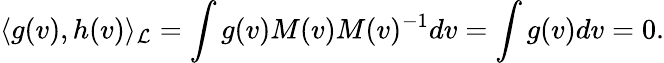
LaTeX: \langle g(v),h(v)\rangle_{\mathcal{L}}=\int g(v)M(v)M(v)^{-1}dv=\int g(v)dv=0.